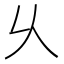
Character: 乆